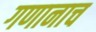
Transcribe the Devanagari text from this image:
गणानाच